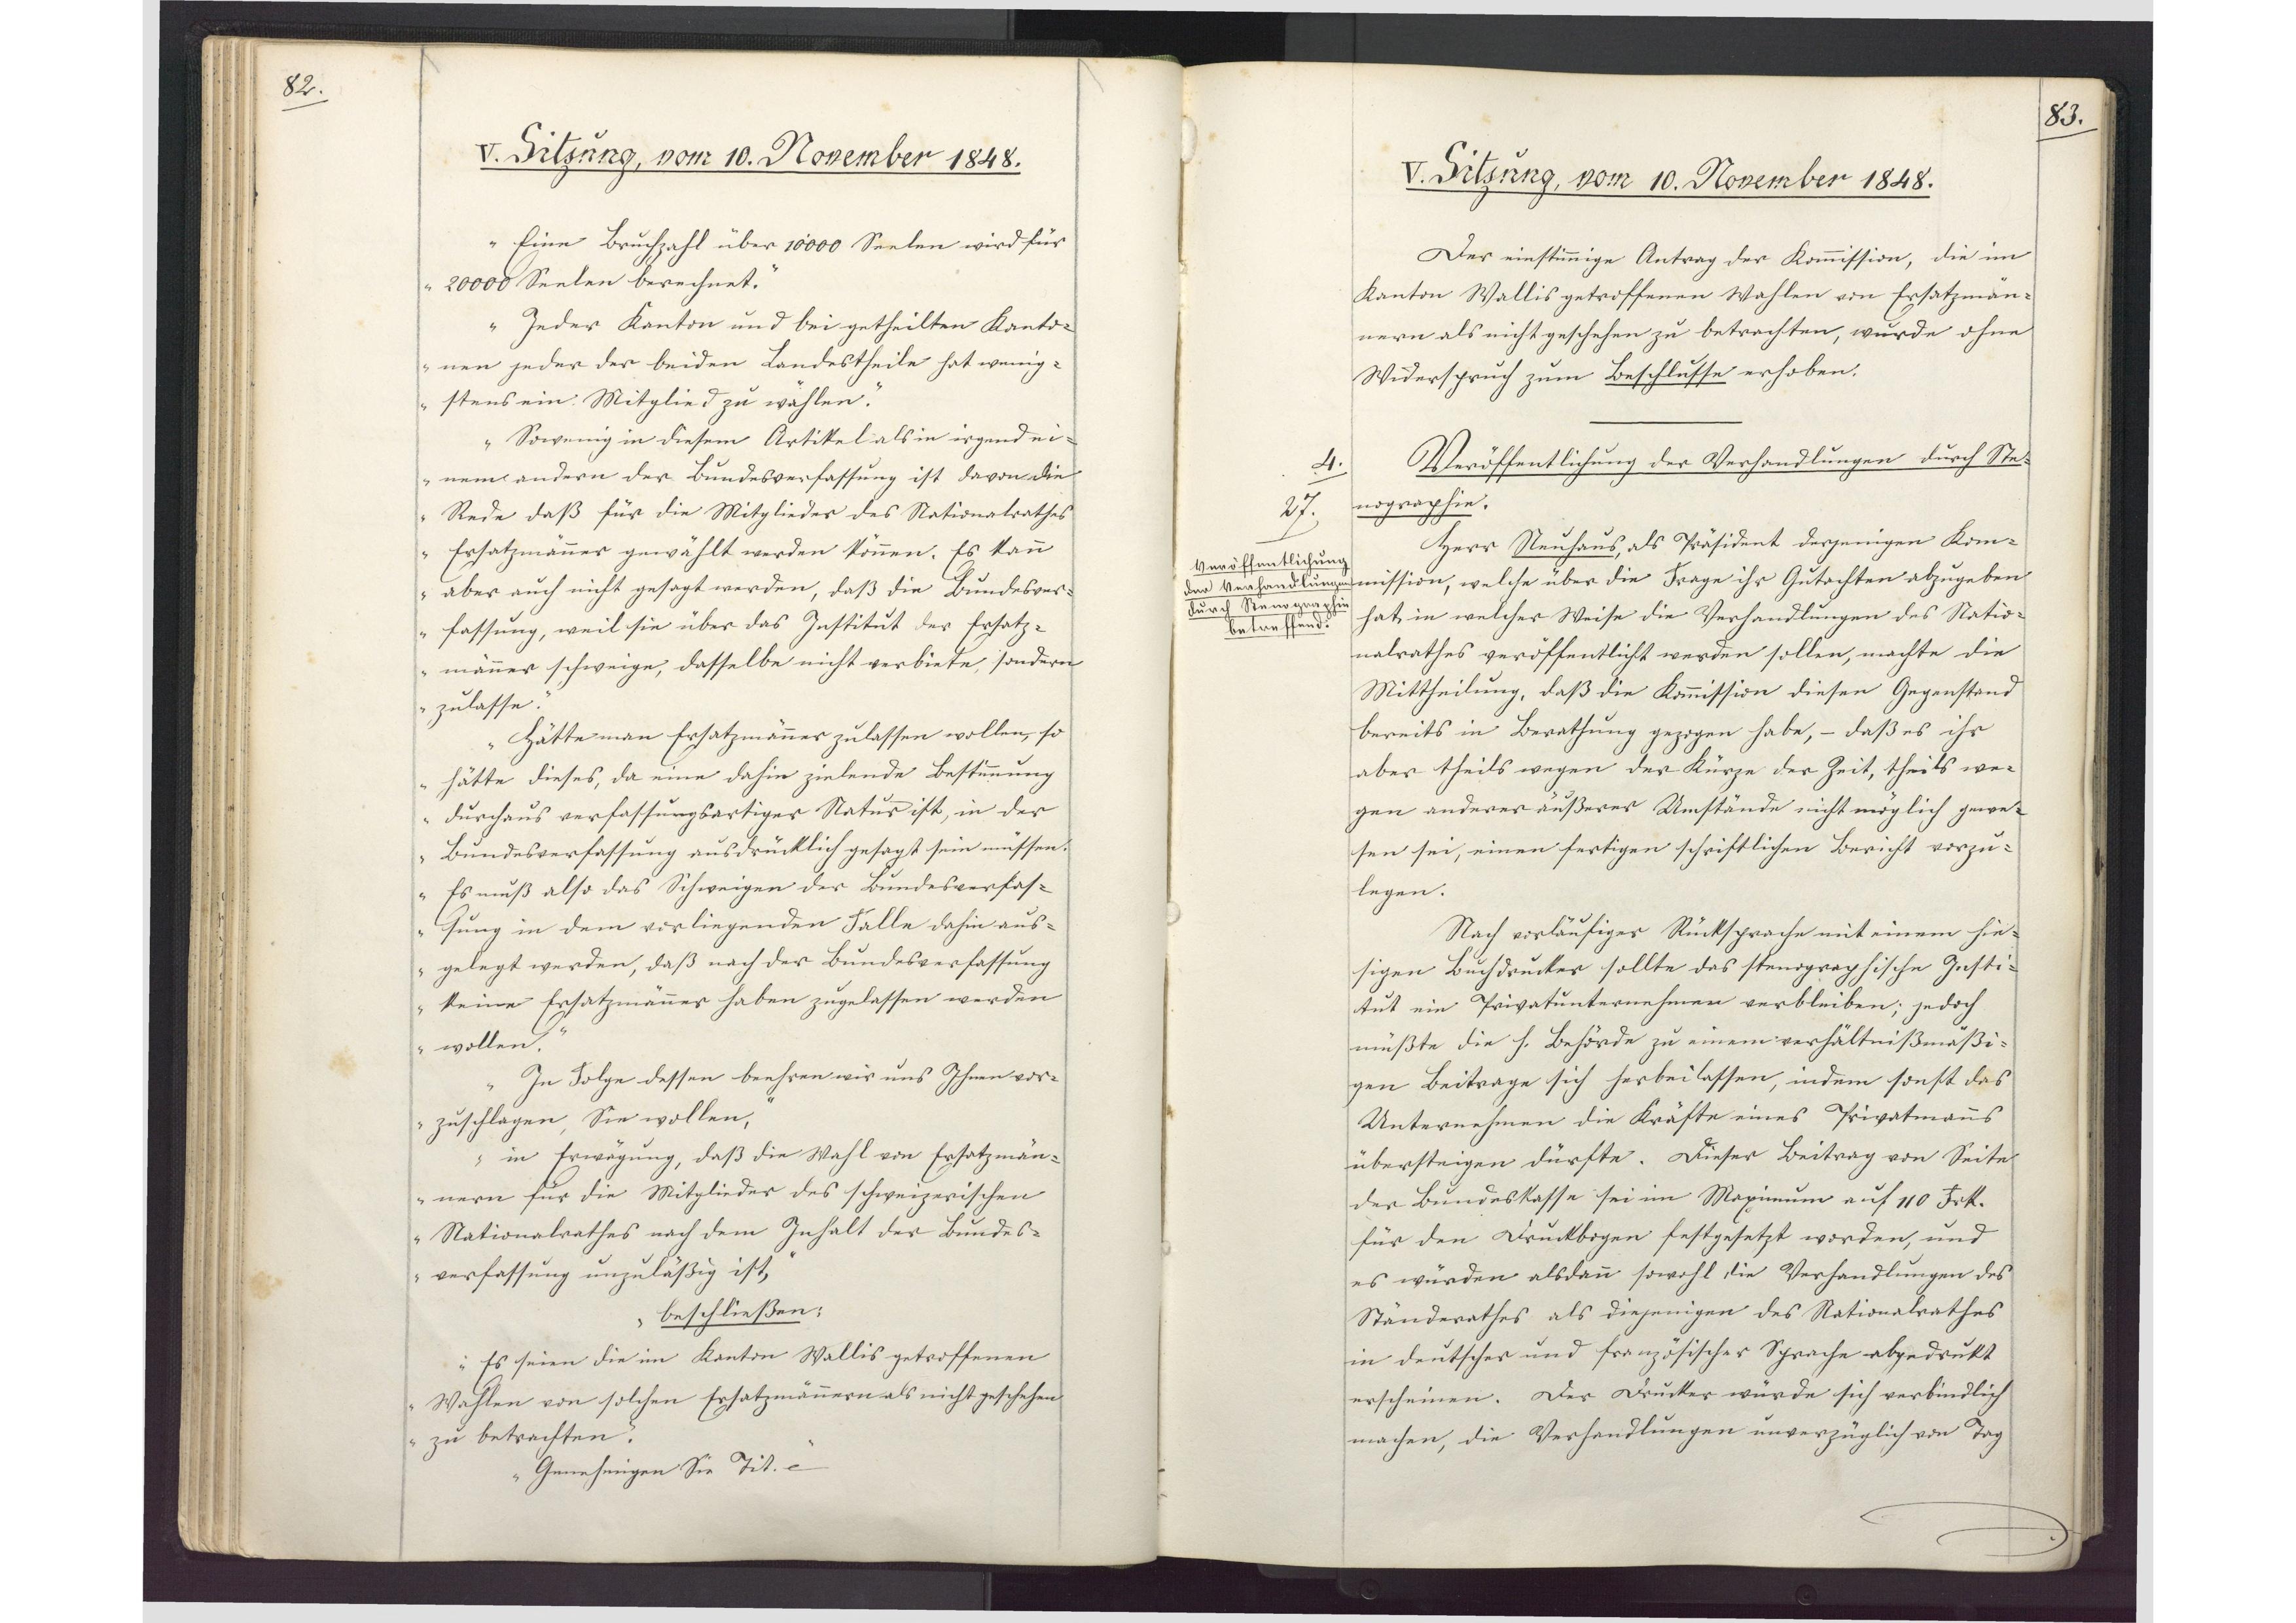
82.

V. Sitzung, vom 10. November 1848.

Eine Bruchzahl über 10000 Seelen wird für
20000 Seelen berechnet.
Jeder Kanton und bei getheilten Kanto¬
nen jeder der beiden Landestheile hat wenig
stens ein Mitglied zu wählen.
Sowenig in diesem Artikel als in irgendei¬
nem andern der Bundesverfassung ist davon die
Rede daß für die Mitglieder des Nationalrathes
Ersatzmänner gewählt werden können. Es kann
aber auch nicht gesagt werden, dass die Bundesver¬
fassung, weil sie über das Institut der Ersatz¬
männer schweige, dasselbe nicht verbiete, sondern
zulasse.
Hätte man Ersatzmänner zulassen wollen, so
hätte dieses, da eine dahin zielende Bestimmung
durchaus verfassungsartiger Natur ist, in der
Bundesverfassung ausdrücklich gesagt sein müssen.
Es muß also das Schweigen der Bundesverfas¬
sung in dem vorliegenden Falle dahin aus¬
gelegt werden, daß nach der Bundesverfassung
keine Ersatzmänner haben zugelassen werden
wollen.
In Folge dessen beehren wir uns Ihnen vor¬
zuschlagen, Sie wollen,
in Erwägung, daß die Wahl von Ersatzmän¬
nern für die Mitglieder des schweizerischen
Nationalrathes nach dem Inhalt der Bundes¬
verfassung unzuläßig ist,
beschließen:
Es seien die im Kanton Wallis getroffenen
Wahlen von solchen Ersatzmännern als nicht geschehen
zu betrachten.
Genehmigen Sie Tit. etc."

83

V. Sitzung, vom 10. November 1848.

Der einstimmige Antrag der Kommission, die im
Kanton Wallis getroffenen Wahlen von Ersatzmän¬
nern als nicht geschehen zu betrachten, wurde ohne
Widerspruch zum Beschlusse erhoben.
Veröffentlichung der Verhandlungen durch Ste¬
nographie.
Herr Neuhaus, als Präsident derjenigen Kom¬
mission, welche über die Frage ihr Gutachten abzugeben
hat, in welcher Weise die Verhandlungen des Natio¬
nalrathes veröffentlicht werden sollen, machte die
Mittheilung, daß die Kommission diesen Gegenstand
bereits in Berathung gezogen habe, - daß es ihr
aber theils wegen der Kürze der Zeit, theils we¬
gen anderer äußerer Umstände nicht möglich gewe¬
sen sei, einen fertigen schriftlichen Bericht vorzu¬
legen.
Nach vorläufiger Rücksprache mit einem hie¬
sigen Buchdrucker sollte das stenographische Insti¬
tut ein Privatunternehmen verbleiben; jedoch
müßte die h. Behörde zu einem verhältnißmäßi¬
gen Beiträge sich herbeilassen, indem sonst das
Unternehmen die Kräfte eines Privatmanns
übersteigen dürfte. Dieser Beitrag von Seite
der Bundeskasse sei im Maximum auf 110 Frk.
für den Druckbogen festgesetzt worden, und
es würden alsdann sowohl die Verhandlungen des
Ständerathes als diejenigen des Nationalrathes
in deutscher und französischer Sprache abgedrukt
erscheinen. Der Drucker würde sich verbindlich
machen, die Verhandlungen unverzüglich von Tag

4.
27
Veröffentlichung
der Verhandlungen
durch Stenographie
betreffend.